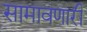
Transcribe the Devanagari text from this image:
सामावणारी